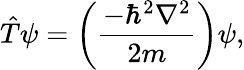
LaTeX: \hat{T}\psi=\left(\frac{-\hbar^{2}\nabla^{2}}{2m}\right)\psi,